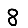
Digit: 8